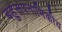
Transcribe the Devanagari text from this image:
बहुरूपनाभिकीय